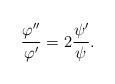
\begin{align*}\frac{\varphi^{\prime\prime}}{\varphi^{\prime}}=2\frac{\psi^{\prime}}{\psi}.\end{align*}